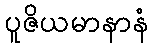
ပူဇိယမာနာနံ